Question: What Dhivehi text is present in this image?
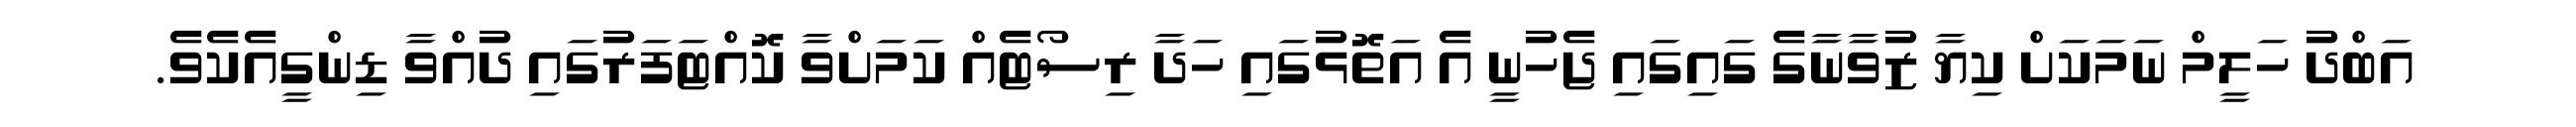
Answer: އަބްދު ހަލީމް ނަމަކަށް ކިޔާ ޒުވާނާގެ ގައިގައި ޖެހުނީ އެ އަތޮޅުގައި ހަދާ ރިސޯޓެއް ކަމަށްވާ ކޮއްޓަފަރުގައި ދުއްވާ ޑިންގީއެކެވެ.